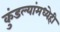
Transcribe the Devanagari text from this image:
कुंडल्यांमध्येही